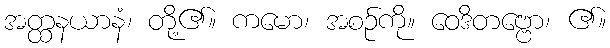
အတ္ထနယာနံ၊ တို့၏။ ကမော၊ အစဉ်ကို။ ဝေဒိတဗ္ဗော၊ ၏။